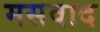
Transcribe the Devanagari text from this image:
मसवाद